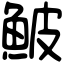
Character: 鮍